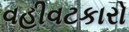
વહીવટકારો